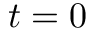
t = 0